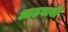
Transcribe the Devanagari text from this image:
आठवावी